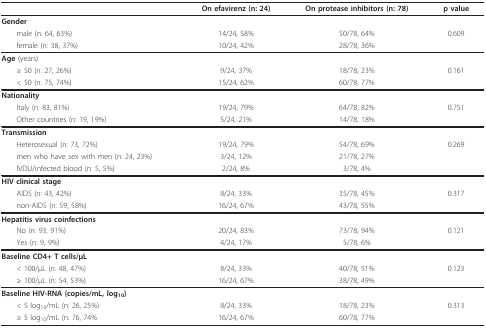
<table><thead><tr><td></td><td><b>On efavirenz (n: 24)</b></td><td><b>On protease inhibitors (n: 78)</b></td><td><b>p value</b></td></tr></thead><tbody><tr><td><b>Gender</b></td><td></td><td></td><td></td></tr><tr><td> male (n: 64, 63%)</td><td>14/24, 58%</td><td>50/78, 64%</td><td>0.609</td></tr><tr><td> female (n: 38, 37%)</td><td>10/24, 42%</td><td>28/78, 36%</td><td></td></tr><tr><td><b>Age </b>(years)</td><td></td><td></td><td></td></tr><tr><td> ≥ 50 (n: 27, 26%)</td><td>9/24, 37%</td><td>18/78, 23%</td><td>0.161</td></tr><tr><td> &lt; 50 (n: 75, 74%)</td><td>15/24, 62%</td><td>60/78, 77%</td><td></td></tr><tr><td><b>Nationality</b></td><td></td><td></td><td></td></tr><tr><td> Italy (n: 83, 81%)</td><td>19/24, 79%</td><td>64/78, 82%</td><td>0.751</td></tr><tr><td> Other countries (n: 19, 19%)</td><td>5/24, 21%</td><td>14/78, 18%</td><td></td></tr><tr><td><b>Transmission</b></td><td></td><td></td><td></td></tr><tr><td> Heterosexual (n: 73, 72%)</td><td>19/24, 79%</td><td>54/78, 69%</td><td>0.269</td></tr><tr><td> men who have sex with men (n: 24, 23%)</td><td>3/24, 12%</td><td>21/78, 27%</td><td></td></tr><tr><td> IVDU/infected blood (n: 5, 5%)</td><td>2/24, 8%</td><td>3/78, 4%</td><td></td></tr><tr><td><b>HIV clinical stage</b></td><td></td><td></td><td></td></tr><tr><td> AIDS (n: 43, 42%)</td><td>8/24, 33%</td><td>35/78, 45%</td><td>0.317</td></tr><tr><td> non-AIDS (n: 59, 58%)</td><td>16/24, 67%</td><td>43/78, 55%</td><td></td></tr><tr><td><b>Hepatitis virus coinfections</b></td><td></td><td></td><td></td></tr><tr><td> No (n: 93, 91%)</td><td>20/24, 83%</td><td>73/78, 94%</td><td>0.121</td></tr><tr><td> Yes (n: 9, 9%)</td><td>4/24, 17%</td><td>5/78, 6%</td><td></td></tr><tr><td><b>Baseline CD4+ T cells/μL</b></td><td></td><td></td><td></td></tr><tr><td> &lt; 100/μL (n: 48, 47%)</td><td>8/24, 33%</td><td>40/78, 51%</td><td>0.123</td></tr><tr><td> ≥ 100/μL (n: 54, 53%)</td><td>16/24, 67%</td><td>38/78, 49%</td><td></td></tr><tr><td><b>Baseline HIV-RNA (copies/mL, log<sub>10</sub>)</b></td><td></td><td></td><td></td></tr><tr><td> &lt; 5 log<sub>10</sub>/mL (n: 26, 25%)</td><td>8/24, 33%</td><td>18/78, 23%</td><td>0.313</td></tr><tr><td> ≥ 5 log<sub>10</sub>/mL (n: 76, 74%</td><td>16/24, 67%</td><td>60/78, 77%</td><td></td></tr></tbody></table>